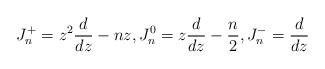
LaTeX: \begin{align*} J_n^+ = z^2 \frac{d}{dz} - nz, J_n^0 = z \frac{d}{dz} - \frac{n}{2}, J_n^- = \frac{d}{dz} \end{align*}